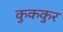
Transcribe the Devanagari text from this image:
कुककुर